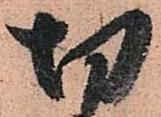
切